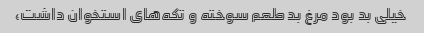
خیلی بد بود مرغ بد طعم سوخته و تکه‌های استخوان داشت،